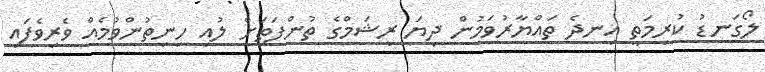
ލޯގަނޑު ކުރިމަތީ އިނދެ ތައްޔާރުވަމުން ދިޔަ ރީޝަމްގެ ތުންފަތަށް ލުއި ހިނިތުންވުމެއް ވެރިވެފައި